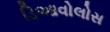
ડિઆવોલોસ